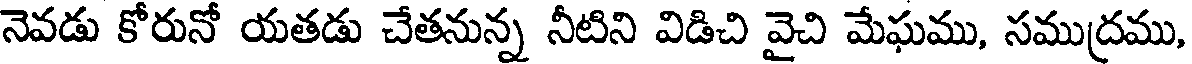
నెవడు కోరునో యతడు చేతనున్న నీటిని విడిచి వైచి మేఘము, సముద్రము,